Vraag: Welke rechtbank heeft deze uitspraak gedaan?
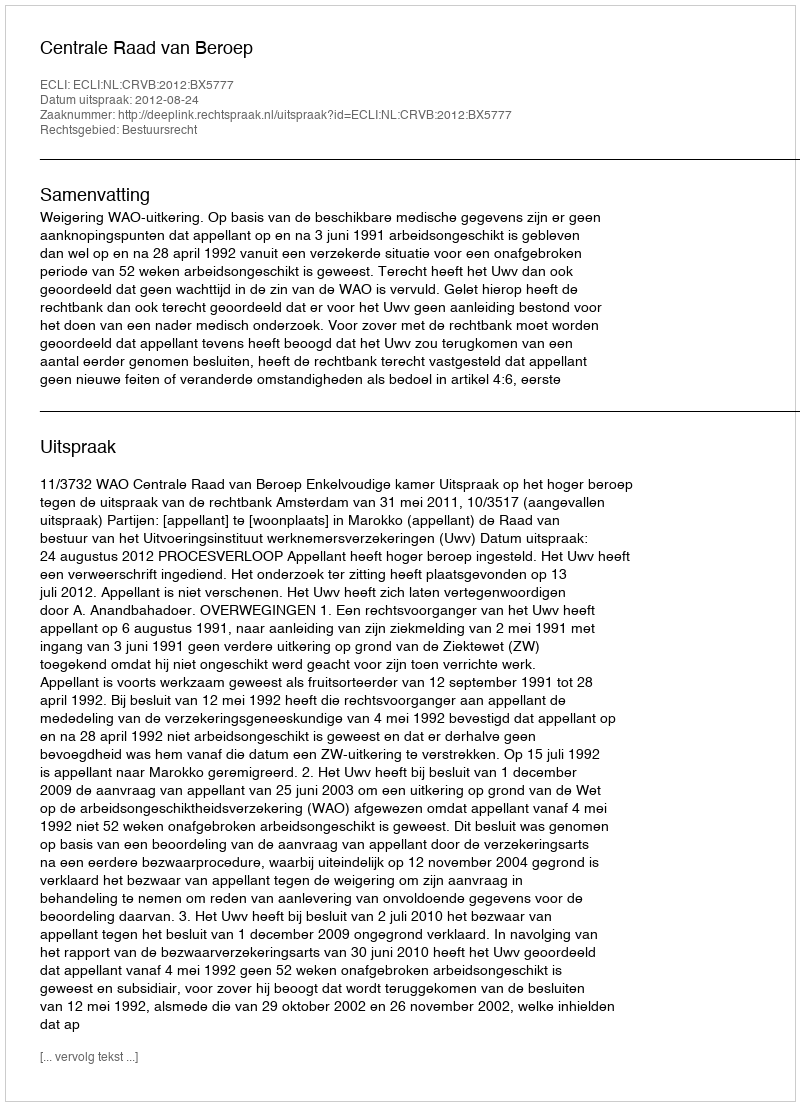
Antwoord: Centrale Raad van Beroep